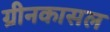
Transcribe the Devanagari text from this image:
ग्रीनकासल